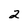
Character: 2